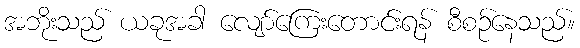
အဘိုးသည် ယခုအခါ လျော်ကြေးတောင်းရန် စီစဉ်နေသည်။